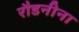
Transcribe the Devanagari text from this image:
रौडनीना